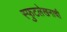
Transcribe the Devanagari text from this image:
स्फुटलेखनाची